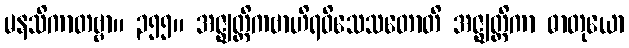
မနသိကာတဗ္ဗာ။ ၃၅၅။ အဇ္ဈတ္တိကဗာဟိရဝိသေသတောတိ အဇ္ဈတ္တိကာ ဓာတုယော